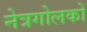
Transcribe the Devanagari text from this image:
नेत्रगोलकों